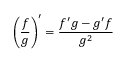
\left( { \frac { f } { g } } \right) ^ { \prime } = { \frac { f ^ { \prime } g - g ^ { \prime } f } { g ^ { 2 } } } \quad